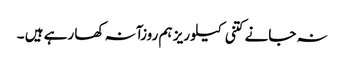
نہ جانے کتنی کیلوریز ہم روزآنہ کھا رہے ہیں ۔